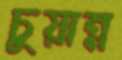
চুয়ান্ন